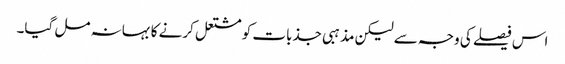
اس فیصلے کی وجہ سے لیکن مذہبی جذبات کو مشتعل کرنے کا بہانہ مل گیا۔